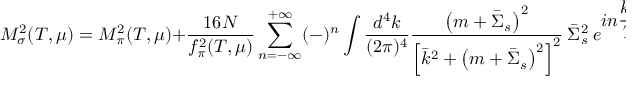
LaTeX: M _ { \sigma } ^ { 2 } ( T , \mu ) = M _ { \pi } ^ { 2 } ( T , \mu ) + { \frac { 1 6 N } { f _ { \pi } ^ { 2 } ( T , \mu ) } } \sum _ { n = - \infty } ^ { + \infty } ( - ) ^ { n } \int { \frac { d ^ { 4 } k } { ( 2 \pi ) ^ { 4 } } } { \frac { \left( m + { \bar { \Sigma } } _ { s } \right) ^ { 2 } } { \left[ { \bar { k } } ^ { 2 } + \left( m + { \bar { \Sigma } } _ { s } \right) ^ { 2 } \right] ^ { 2 } } } ~ { \bar { \Sigma } } _ { s } ^ { 2 } ~ e ^ { \displaystyle { i n { \frac { k _ { 0 } } { T } } } }